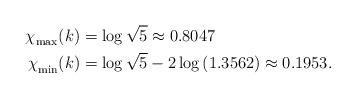
LaTeX: \begin{align*}\chi^{}_\mathrm{max}(k)&=\log\sqrt{5}\approx 0.8047 \\ \chi^{}_\mathrm{min}(k)&=\log\sqrt {5}-2\log\left(1.3562\right)\approx 0.1953.\end{align*}